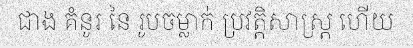
ជាង គំនូរ នៃ រូបចម្លាក់ ប្រវត្តិសាស្ត្រ ហើយ